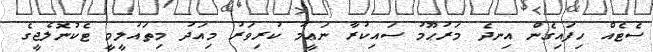
ސެޓެއް ހިފައިގެން އިނދެ މަރުޙޫމު ސައިކުރާ ނަޢީމު ކުރިވަރު މިއަދު މިތައުލީމީ ޓެކުނޮލެޖީގެ